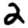
Digit: 2